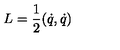
L = \frac { 1 } { 2 } ( \dot { q } , \dot { q } )